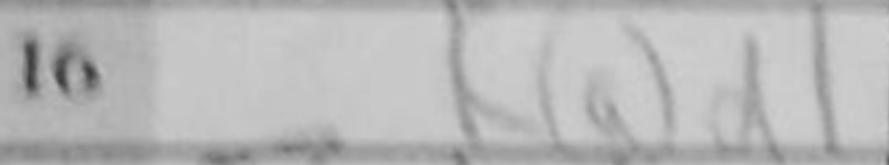
Transcription: Rad1